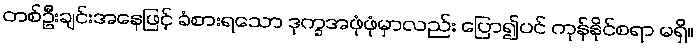
တစ်ဦးချင်းအနေဖြင့် ခံစားရသော ဒုက္ခအဖုံဖုံမှာလည်း ပြော၍ပင် ကုန်နိုင်စရာ မရှိ။